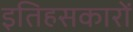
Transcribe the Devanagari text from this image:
इतिहसकारों